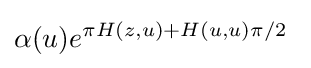
\alpha (u)e^{\pi H(z,u)+H(u,u)\pi /2}\